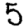
Digit: 5